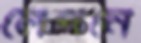
লেপনে